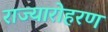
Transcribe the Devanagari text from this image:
राज्यारोहरण